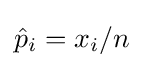
{\hat {p}}_{i}=x_{i}/n